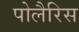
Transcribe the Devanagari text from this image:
पोलैरिस